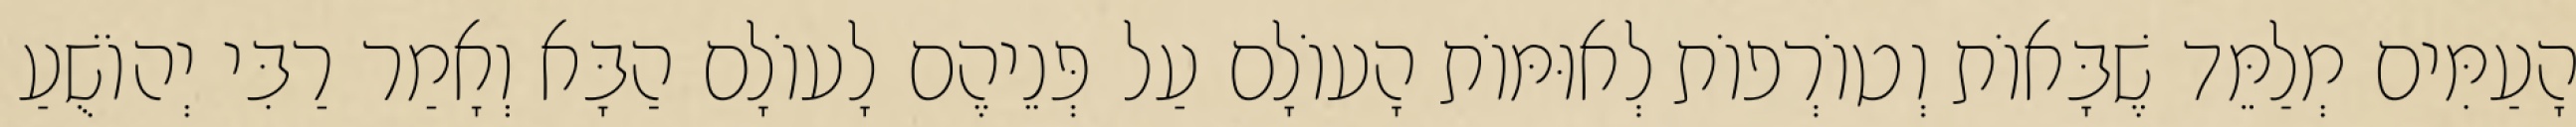
הָעַמִּים מְלַמֵּד שֶׁבָּאוֹת וְטוֹרְפוֹת לְאוּמּוֹת הָעוֹלָם עַל פְּנֵיהֶם לָעוֹלָם הַבָּא וְאָמַר רַבִּי יְהוֹשֻׁעַ